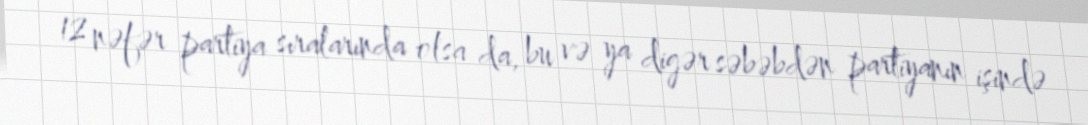
12 nəfər partiya sıralarında olsa da, bu və ya digər səbəbdən partiyanın işində